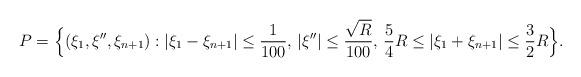
LaTeX: \begin{align*}P=\Big\{(\xi_1,\xi'',\xi_{n+1}):|\xi_1-\xi_{n+1}|\le \frac1{100},\, |{\xi''}|\le \frac{\sqrt{R}}{100},\, \frac54 R\le |\xi_1+\xi_{n+1}|\le \frac 32 R \Big \}.\end{align*}